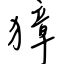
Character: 獐